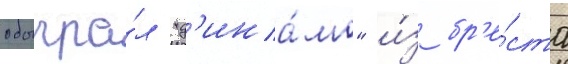
обыгра́л "д'ина́мо" и́з бр'е́ста